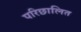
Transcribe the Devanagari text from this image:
परिछालित